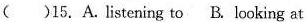
()15.A.listening to B. looking at